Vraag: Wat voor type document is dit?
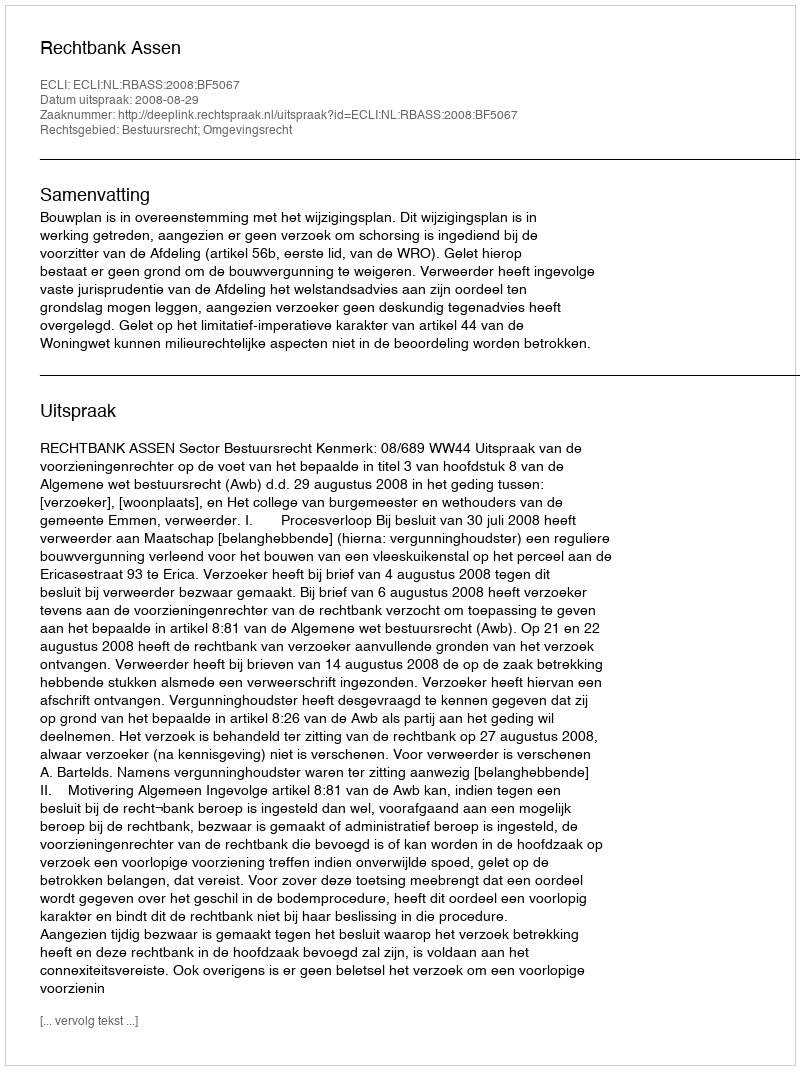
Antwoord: Uitspraak